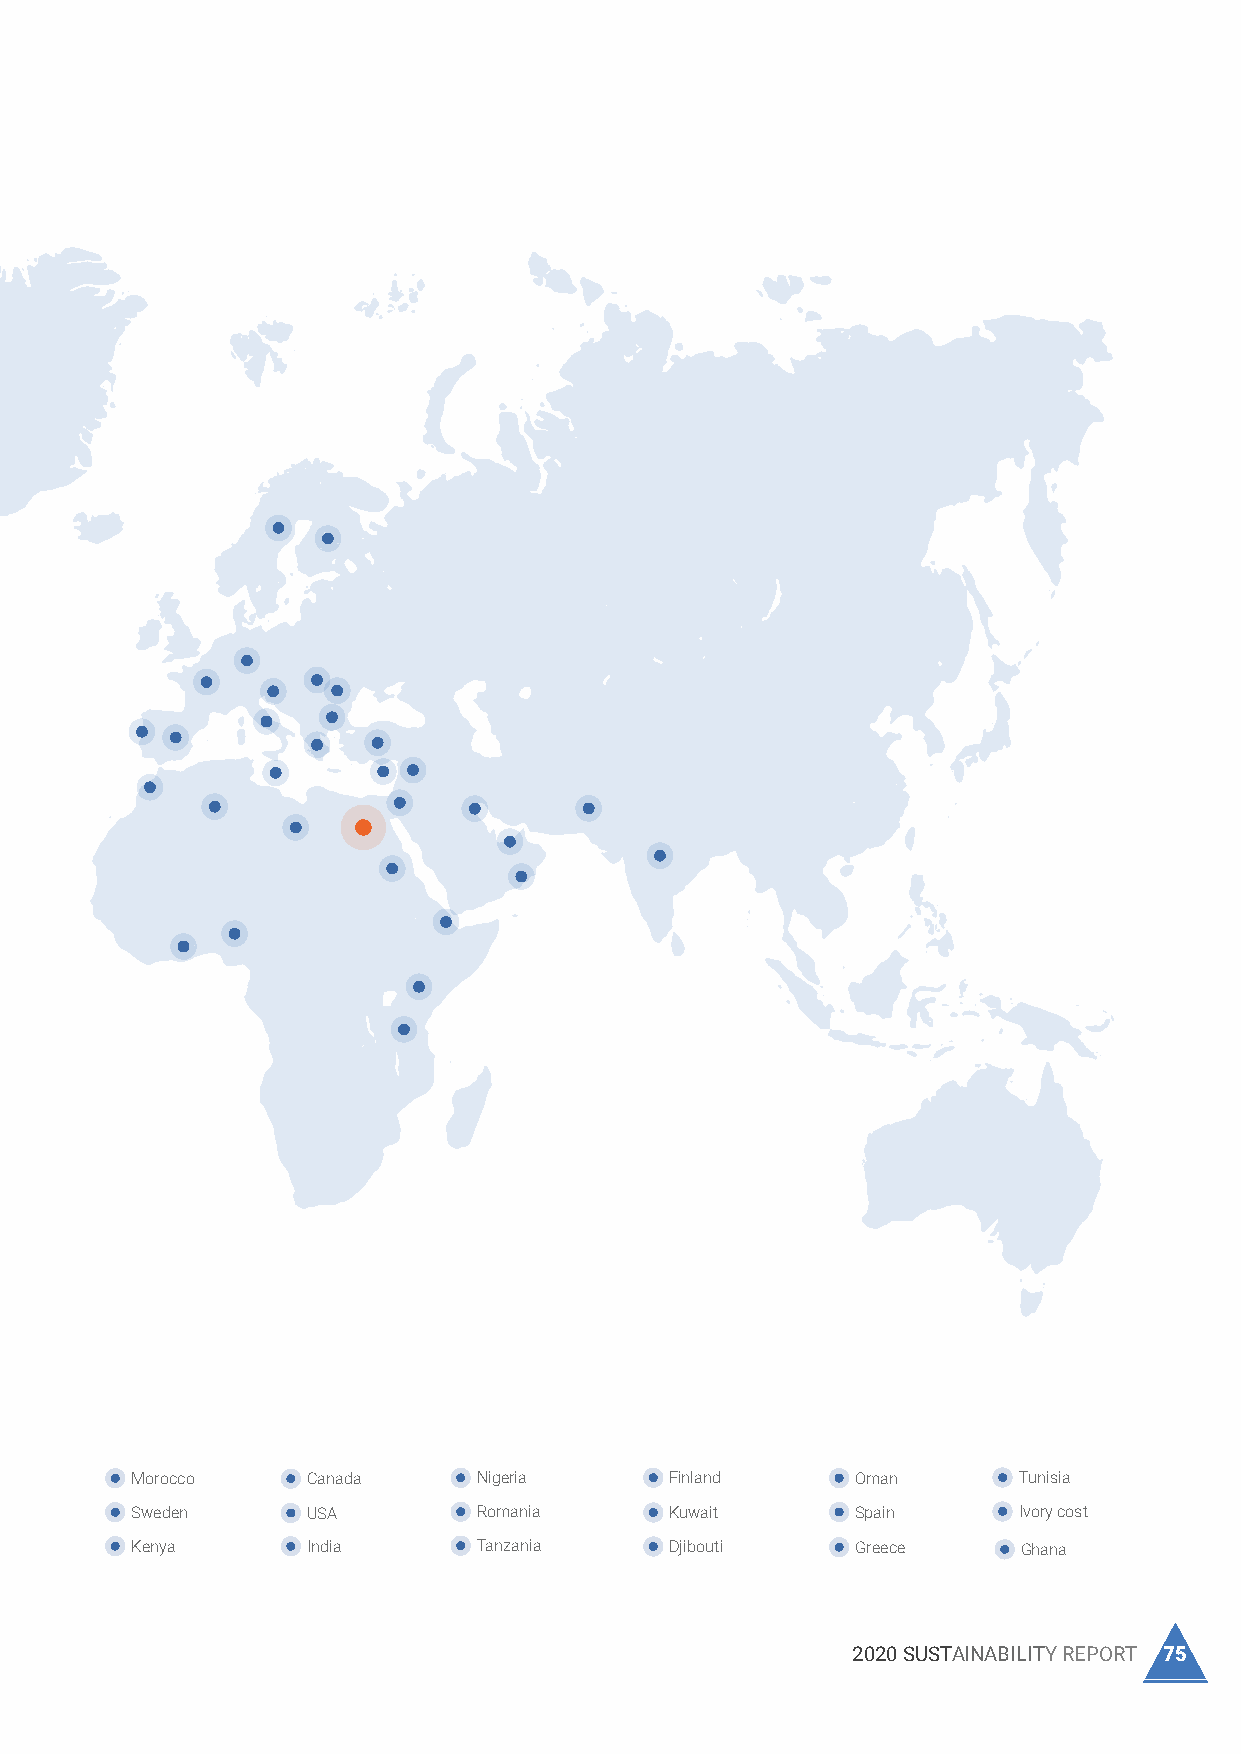
Our Markets Shares
 Not only does TCI Sanmar serve the
 petrochemical industry in Egypt, but it
 also exports its products to international
 markets within a close geographical
 proximity to its operational headquarters.
 Our exports account for
 60%
 of the organisation’s production, fostering
 a fruitful foundation for foreign exchange in
 Egypt.
 On the national front, majority of our
 products have successfully maintained the
 same market share during this reporting
 period and as for CaCI , it witnessed a
 2
 35%
 increase its in national market share.
 During this reporting time frame, TCI Sanmar acquired
 40% of the Chlorine market share, 20% of the market
 share for Caustic Soda, 60% of the market share for PVC,
 and 55% of the CaCL market share rising from 2019/2018’s
 2
 20% market share.
 Our dominant market presence provides other organisations
 in Egypt with a dependable local supplier, hence incentivizing
 further economic activity on the local level as reliance on
 importing starts to decrease. This is also reflected in our
 revenues from the local domain.
 Our products are
 exported to 36 countries
 Bulgaria Pakistan Turkey France Libya Jordan Morocco Canada Nigeria Finland Oman Tunisia
 Sudan Slovenia Italy Syria Cyprus Hungary Sweden USA Romania Kuwait Spain Ivory cost
 Brazil UAE Algeria Malta Colombia Kenya India Tanzania Djibouti Greece Ghana
 74 TCI SANMAR CHEMICALS S.A.E                           2020 SUSTAINABILITY REPORT 75